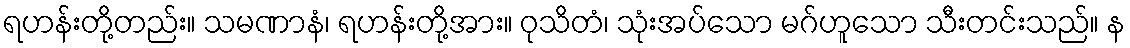
ရဟန်းတို့တည်း။ သမဏာနံ၊ ရဟန်းတို့အား။ ဝုသိတံ၊ သုံးအပ်သော မဂ်ဟူသော သီးတင်းသည်။ န